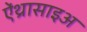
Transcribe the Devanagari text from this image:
ऐंथ्रासाइअ